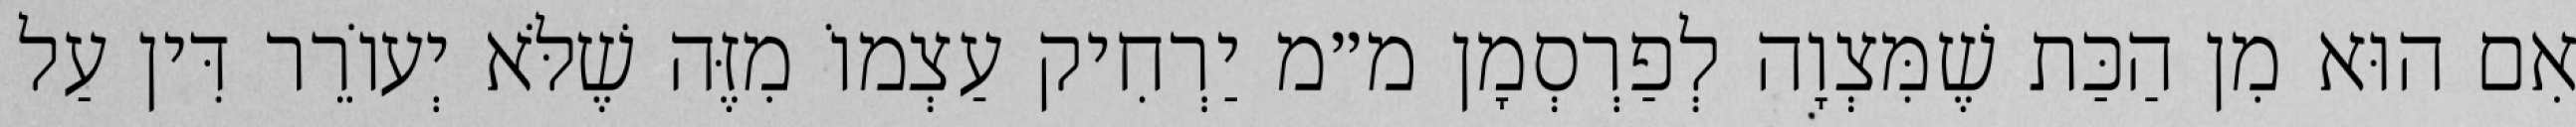
אִם הוּא מִן הַכַּת שֶׁמִּצְוָה לְפַרְסְמָן מ״מ יַרְחִיק עַצְמוֹ מִזֶּה שֶׁלֹּא יְעוֹרֵר דִּין עַל